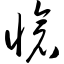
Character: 怆